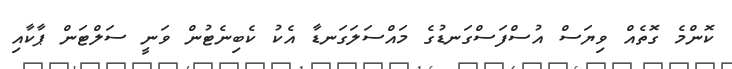
ކޮންމެ ގޮތެއް ވިޔަސް އުސްފަސްގަނޑުގެ މައްސަލަގަނޑާ އެކު ކެބިނެޓުން ވަނީ ސަލްޓަން ޕާކާއި